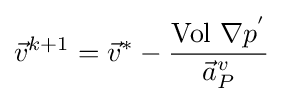
{\vec {v}}^{k+1}={\vec {v}}^{*}-{\frac {{\text{Vol}}\ \nabla p^{'}}{{\vec {a}}_{P}^{v}}}